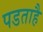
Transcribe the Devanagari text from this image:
पडताहै